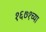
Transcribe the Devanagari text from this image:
१६७१च्या